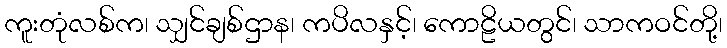
ကူးတုံလစ်က၊ သျှင်ချစ်ဌာန၊ ကပိလနှင့်၊ ကောဠိယတွင်၊ သာကဝင်တို့၊